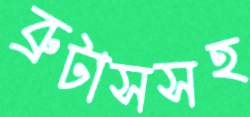
ব্রুটাসসহ